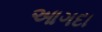
આગદા